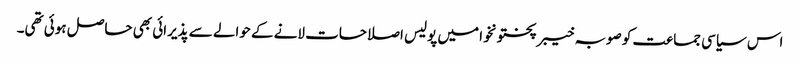
اس سیاسی جماعت کو صوبہ خیبر پختونخوا میں پولیس اصلاحات لانے کے حوالے سے پذیرائی بھی حاصل ہوئی تھی۔